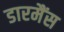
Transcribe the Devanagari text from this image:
डारमैंस